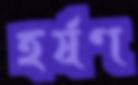
হর্ষণ